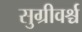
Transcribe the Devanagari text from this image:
सुग्रीवर्श्च